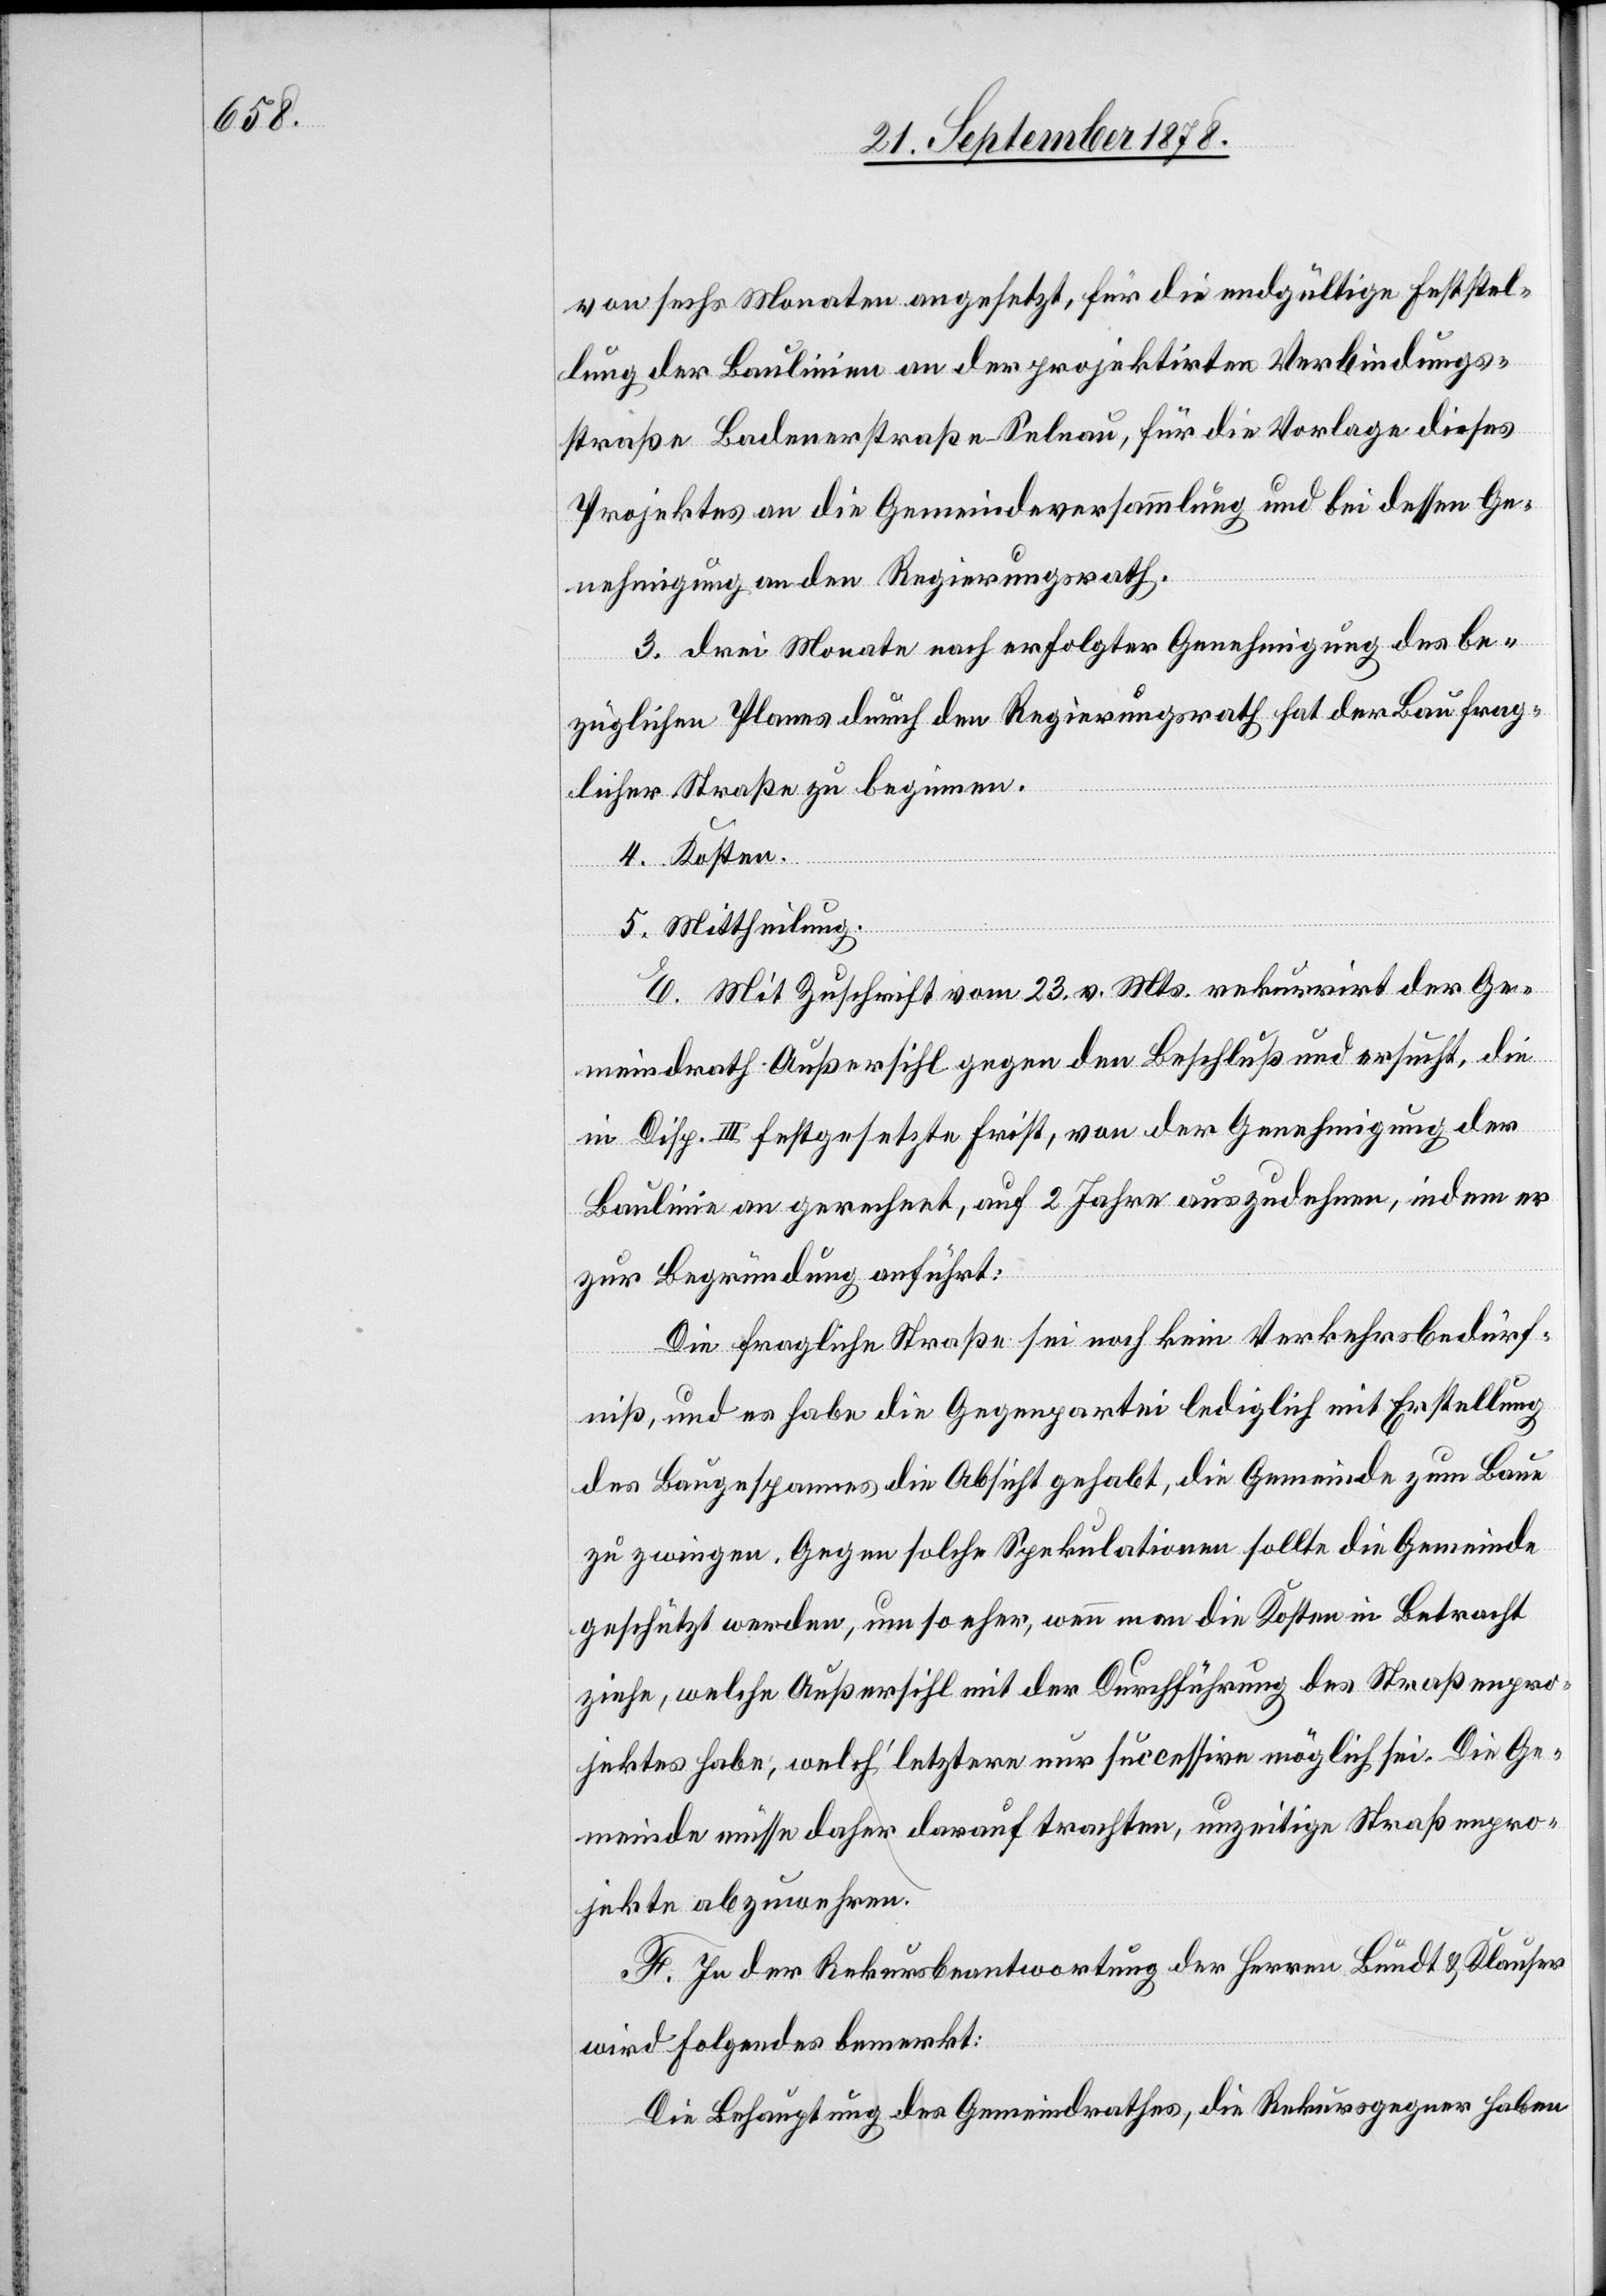
von sechs Monaten angesetzt, für die endgültige Feststel¬
lung der Baulinien an der projektirten Verbindungs¬
straße Badenerstraße–Selnau, für die Vorlage dieses
Projektes an die Gemeindeversammlung und bei dessen Ge¬
nehmigung an den Regierungsrath.
3. Drei Monate nach erfolgter Genehmigung des be¬
züglichen Planes durch den Regierungsrath hat der Bau frag¬
licher Straße zu beginnen.
4. Kosten.
5. Mittheilung.
E. Mit Zuschrift vom 23. v. Mts. rekurrirt der Ge¬
meindrath Außersihl gegen den Beschluß und ersucht, die
in Disp. III festgesetzte Frist, von der Genehmigung der
Baulinie an gerechnet, auf 2 Jahre auszudehnen, indem er
zur Begründung anführt:
Die fragliche Straße sei noch keine Verkehrsbedürf¬
niß, und es habe die Gegenpartei lediglich mit Erstellung
des Baugespannes die Absicht gehabt, die Gemeinde zum Baue
zu zwingen. Gegen solche Spekulationen sollte die Gemeinde
geschützt werden, um so eher, wenn man die Kosten in Betracht
ziehe, welche Außersihl mit der Durchführung des Straßenpro¬
jektes habe, welch’ letztere nur successive möglich sei. Die Ge¬
meinde müsse daher darauf trachten, unzeitige Straßenpro¬
jekte abzuwehren.
F. In der Rekursbeantwortung der Herren Bundt & Klauser
wird folgendes bemerkt:
Die Behauptung des Gemeindrathes, die Rekursgegner haben